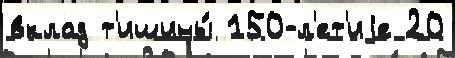
вклад т'ишины́ 150-л'ет'иjе 20